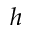
h